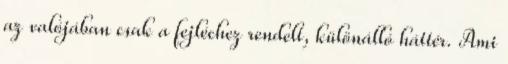
az valójában csak a fejléchez rendelt, különálló háttér. Ami